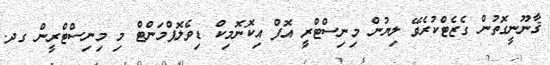
ޤާނޫނީގޮތުން ގެޒެޓްކުރެވޭ ލިޔުން މިނިސްޓްރީ އޮފް އިކޮނޮމިކް ޑިވެލޮޕްމަންޓް މި މިނިސްޓްރީން ގދ.